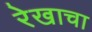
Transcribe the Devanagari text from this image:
रेखाचा